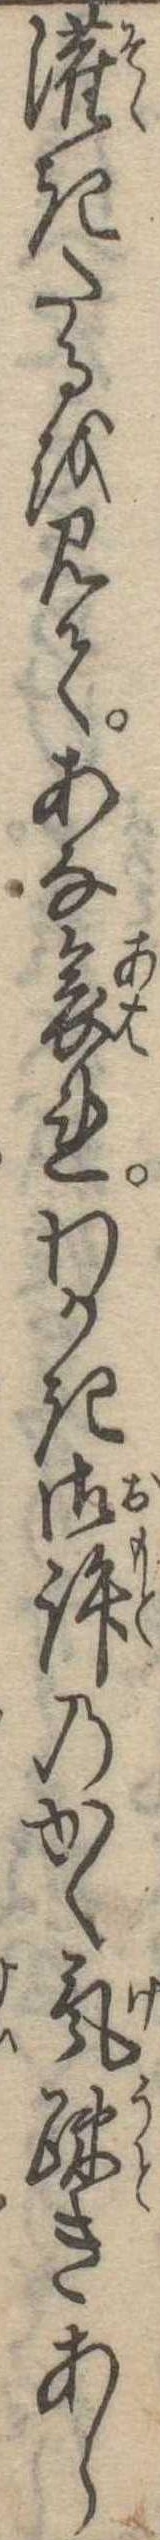
潅きたるを見てあな哀れわかき御許のかく気疎きあら